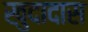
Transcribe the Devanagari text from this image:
खुदादास